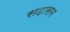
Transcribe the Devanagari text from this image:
सदासम